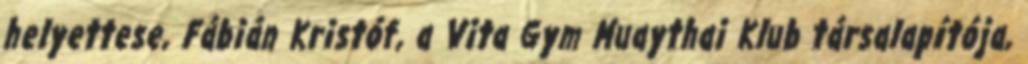
helyettese, Fábián Kristóf, a Vita Gym Muaythai Klub társalapítója,